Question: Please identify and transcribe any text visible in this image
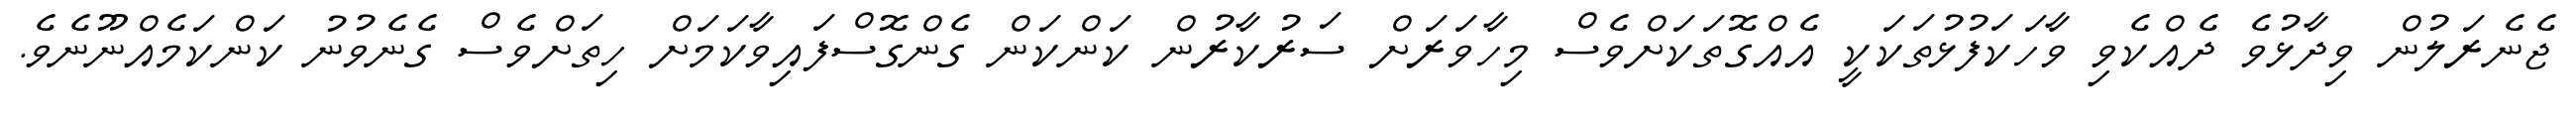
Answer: ޖެނެރަލުން ވިދާޅުވެ ދެއްކެވި ވާހަކަފުޅުތަކަކީ އެއްގޮތަކަށްވެސް މިހާވަރަށް ސަރުކާރުން ކަންކަން ގެންގޮސްފައިވާކަމަށް ހިތަށްވެސް ގެނެވުނު ކަންކަމެއްނޫނެވެ.